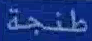
طنجة